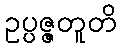
ဥပ္ပဇ္ဇတူတိ